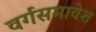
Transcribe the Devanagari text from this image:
वर्गसमावेश